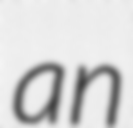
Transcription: an